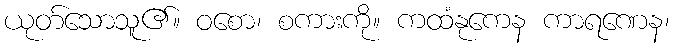
ယုတ်သောသူ၏။ ဝစော၊ စကားကို။ ကထံနုကေန ကာရဏေန၊